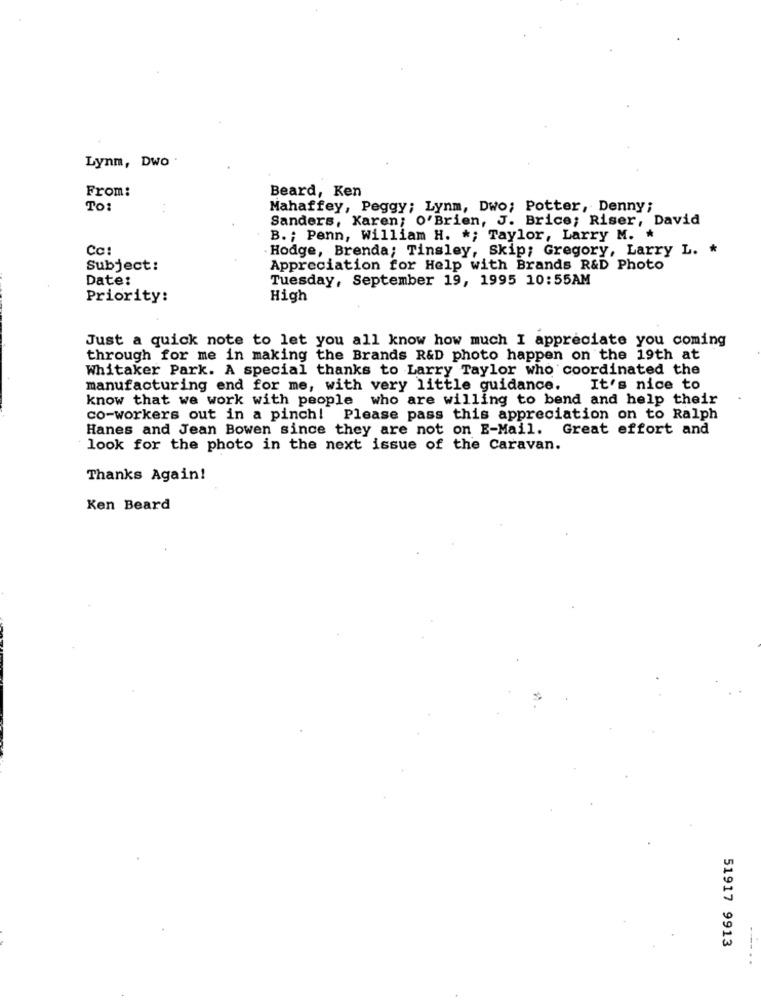
Lynm, Dwo .
From:
Beard, Ken
To:
Mahaffey, Peggy; Lynm, Dwo; Potter, Denny;
Sanders, Karen; O'Brien, J. Brice; Riser, David
B. ; Penn, William H. *; Taylor, Larry M. *
Cc:
Hodge, Brenda; Tinsley, Skip; Gregory, Larry L. *
Subject:
Appreciation for Help with Brands R&D Photo
Date:
Tuesday, September 19, 1995 10:55AM
Priority:
High
Just a quick note to let you all know how much I appreciate you coming
through for me in making the Brands R&D photo happen on the 19th at
Whitaker Park. A special thanks to Larry Taylor who coordinated the
manufacturing end for me, with very little guidance.
It's nice to
know that we work with people who are willing to bend and help their
co-workers out in a pinch! Please pass this appreciation on to Ralph
Hanes and Jean Bowen since they are not on E-Mail. Great effort and
look for the photo in the next issue of the Caravan.
Thanks Again!
Ken Beard
51917 9913